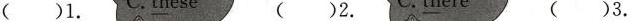
（ ）1. （ ）2. （ ）3.